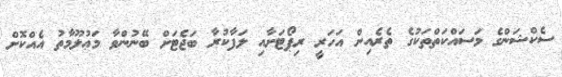
ސެކްޝަންގެ މަސައްކަތްތަކުގެ ތެރެއިން އަހަރީ ރިޕޯޓަށާއި ލަފާކުރާ ބަޖެޓަށް ބޭނުންވާ މަޢުލޫމާތު އެއްކޮށް